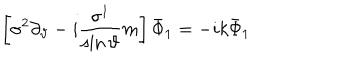
LaTeX: \left[ \sigma ^ { 2 } \partial _ { \vartheta } - i \frac { \sigma ^ { 1 } } { \sin \vartheta } m \right] \bar { \Phi } _ { 1 } = - i k \bar { \Phi } _ { 1 }